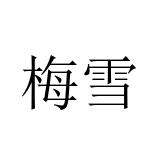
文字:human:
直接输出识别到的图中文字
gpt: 梅雪